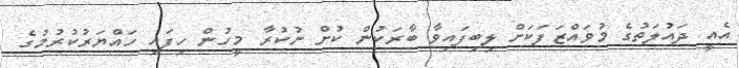
އެއީ ދައުލަތުގެ މުވައްޒަފަކަށް ލިބިފައިވާ ބާރަކުން ކުށް ނުކުރާ މީހުން ހިފައި ހައްޔަރުކުރުމުގެ